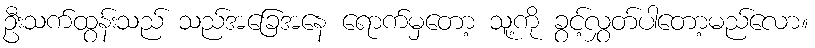
ဦးသက်ထွန်းသည် သည်အခြေအနေ ရောက်မှတော့ သူ့ကို ခွင့်လွှတ်ပါတော့မည်လော။